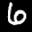
Label: 6